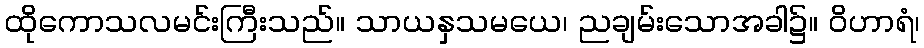
ထိုကောသလမင်းကြီးသည်။ သာယနှသမယေ၊ ညချမ်းသောအခါ၌။ ဝိဟာရံ၊